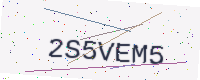
Text: 2S5VEM5